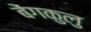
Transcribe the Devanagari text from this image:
बेंगकुलु